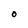
Character: O